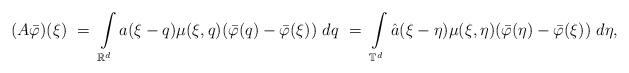
LaTeX: \begin{align*}(A \bar\varphi) (\xi) \ = \ \int\limits_{\mathbb R^d} a (\xi-q) \mu (\xi, q) (\bar\varphi (q) - \bar\varphi (\xi) ) \ dq \ = \ \int\limits_{\mathbb T^d} \hat a (\xi-\eta) \mu (\xi, \eta) (\bar\varphi (\eta) - \bar\varphi (\xi) ) \ d\eta,\end{align*}